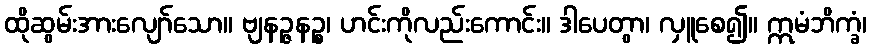
ထိုဆွမ်းအားလျော်သော။ ဗျနဉ္ဇနဉ္စ၊ ဟင်းကိုလည်းကောင်း။ ဒါပေတွာ၊ လှူစေ၍။ ဣမံဘိက္ခံ၊